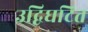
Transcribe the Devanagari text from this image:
उद्विघटित